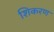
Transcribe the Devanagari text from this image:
शिकरण